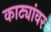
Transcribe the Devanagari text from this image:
काट्यांवर